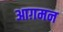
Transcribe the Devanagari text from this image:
आग़मन